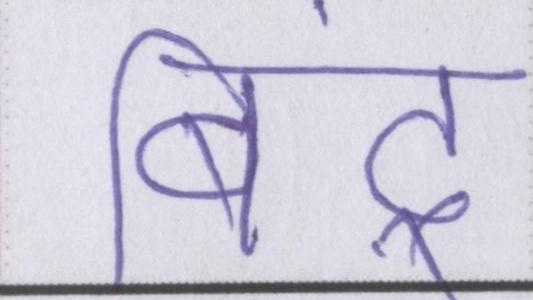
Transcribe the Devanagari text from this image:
बिंदू